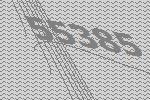
55385